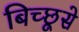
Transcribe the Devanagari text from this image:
बिच्छूसे